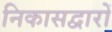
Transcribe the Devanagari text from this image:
निकासद्वारों